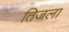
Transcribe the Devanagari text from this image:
तिजला